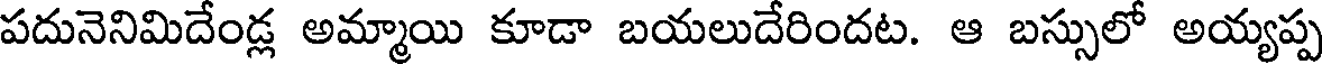
పదునెనిమిదేండ్ల అమ్మాయి కూడా బయలుదేరిందట. ఆ బస్సులో అయ్యప్ప